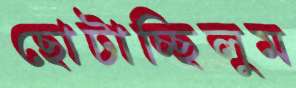
ছোটাচ্ছিলুম